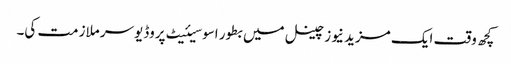
کچھ وقت ایک مزید نیوز چینل میں بطور اسوسیئیٹ پروڈیوسر ملازمت کی۔